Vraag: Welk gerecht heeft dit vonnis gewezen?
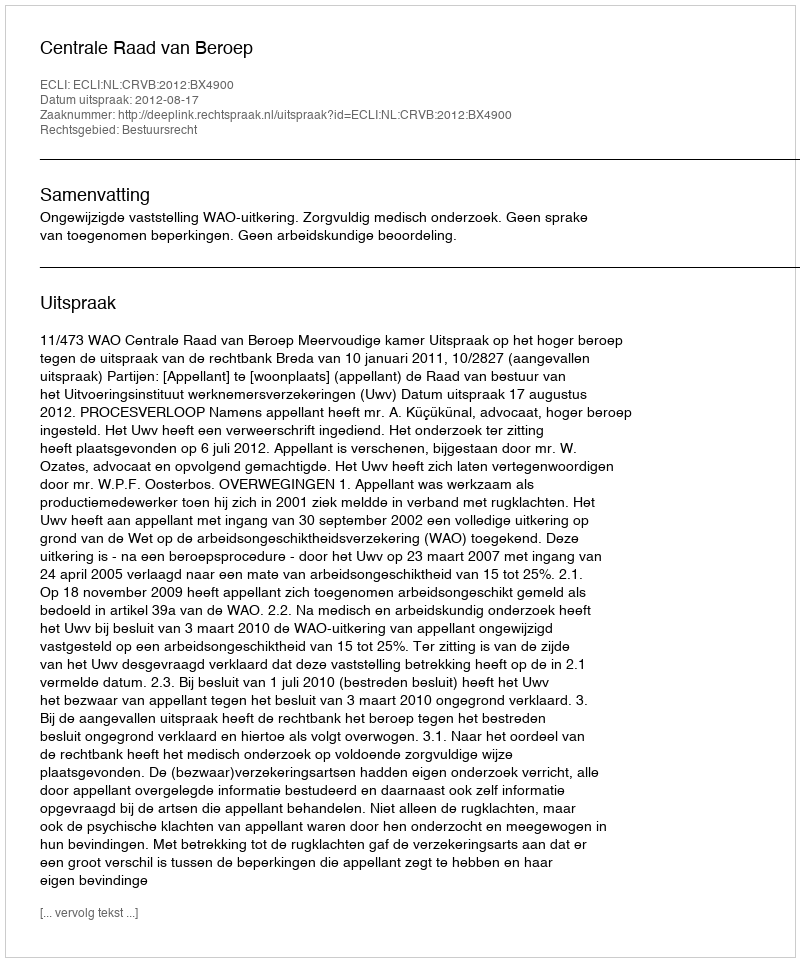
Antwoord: Centrale Raad van Beroep